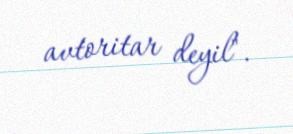
avtoritar deyil".